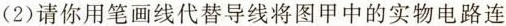
(2)请你用笔画线代替导线将图甲中的实物电路连